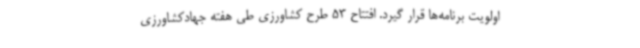
اولویت برنامه‌ها قرار گیرد. افتتاح 53 طرح کشاورزی طی هفته جهادکشاورزی